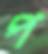
প